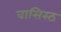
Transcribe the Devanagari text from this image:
वासिस्ठ